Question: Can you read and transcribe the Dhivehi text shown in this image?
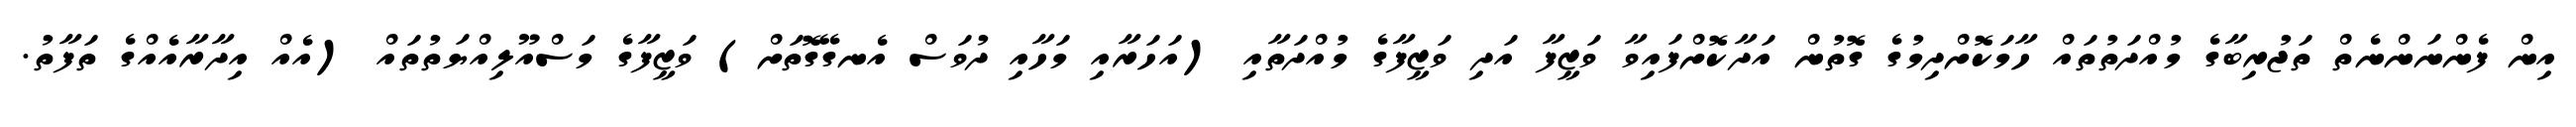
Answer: އިން ފެންނަންނެތް ތަޖުރިބާގެ މުއްދަތުތައް ހާމަކޮށްދިމުގެ ގޮތުން އަދާކޮށްފައިވާ ވަޒީފާ އަދި ވަޒީފާގެ މުއްދަތާއި (އަހަރާއި މަހާއި ދުވަސް އެނގޭގޮތަށް) ވަޒީފާގެ މަސްއޫލިއްޔަތުތައް (އެއް އިދާރާއެއްގެ ތަފާތު.